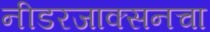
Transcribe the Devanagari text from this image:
नीडरजाक्सनचा